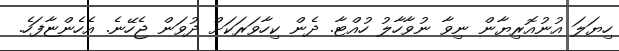
ހިޔަލަ އުނުއޮރިޔާން ނިވާ ނުވާހާލު ހުއްޓާ. ދެން ކިހާވަރަކަށް ދުވަން ޖެހޭނެ. އެހެންޏާފަހެ.